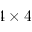
4 \times 4